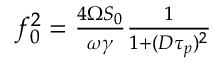
\begin{array} { r } { f _ { 0 } ^ { 2 } = \frac { 4 \Omega S _ { 0 } } { \omega \gamma } \frac { 1 } { 1 + ( D \tau _ { p } ) ^ { 2 } } } \end{array}